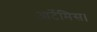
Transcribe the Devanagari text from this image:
आर्टेमिस।